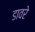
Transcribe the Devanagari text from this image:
डावरे